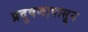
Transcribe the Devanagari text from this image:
प्रदुषणापासून